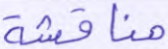
مناقشة